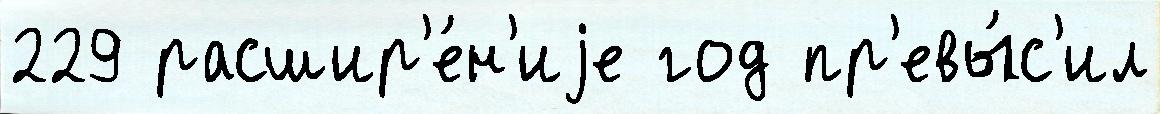
229 расшир'е́н'иjе год пр'евы́с'ил